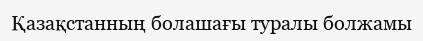
Қазақстанның болашағы туралы болжамы